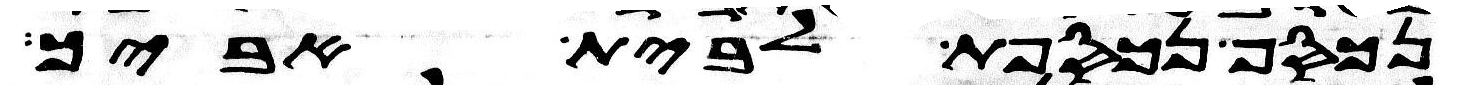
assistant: נכסף נכספת לבית אביך